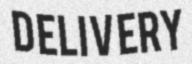
DELIVERY